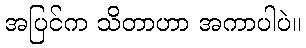
အပြင်က သိတာဟာ အကာပါပဲ။